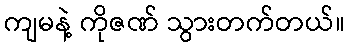
ကျမနဲ့ ကိုဇဏ် သွားတက်တယ်။